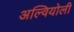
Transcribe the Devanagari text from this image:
अल्वियोली